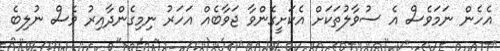
އެހެން ނަމަވެސް އެ ސުވާލުތަކަށް އެކަށީގެންވާ ޖަވާބެއް އަހަރު ނިމިގެންދާއިރު ވެސް ނުލިބެ